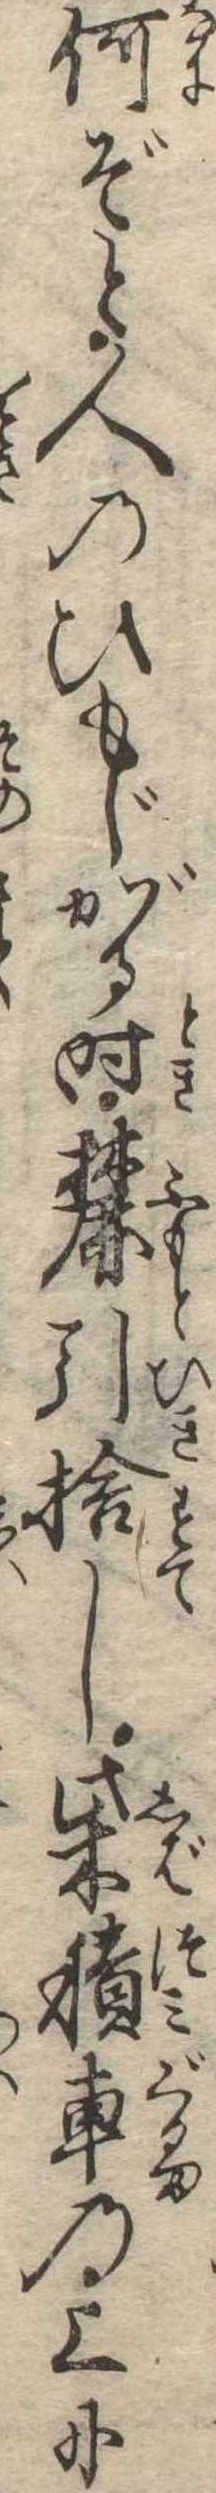
何ぞと人のひもじがる時麓引捨し柴積車の上に